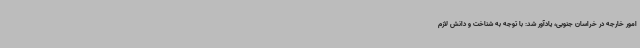
امور خارجه در خراسان جنوبی، یادآور شد: با توجه به شناخت و دانش لازم